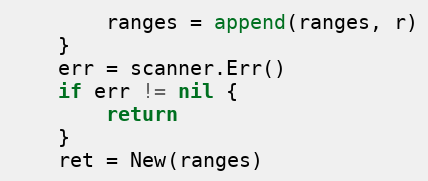
Language: Go
		ranges = append(ranges, r)
	}
	err = scanner.Err()
	if err != nil {
		return
	}
	ret = New(ranges)